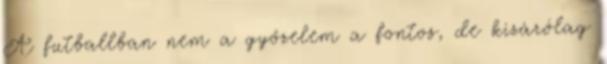
A futballban nem a győzelem a fontos, de kizárólag